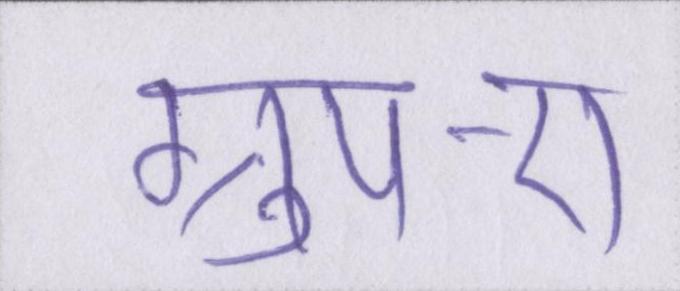
ग्रुप-ए